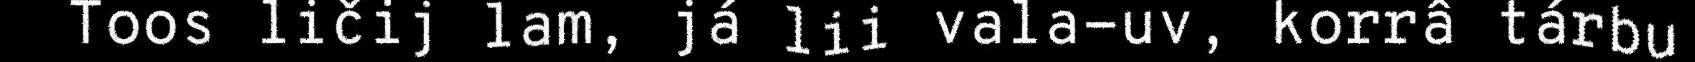
Toos ličij lam, já lii vala-uv, korrâ tárbu